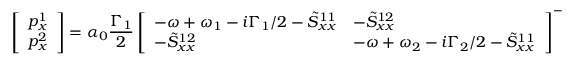
\left[ \begin{array} { l } { p _ { x } ^ { 1 } } \\ { p _ { x } ^ { 2 } } \end{array} \right] = \alpha _ { 0 } \frac { \Gamma _ { 1 } } { 2 } \left[ \begin{array} { l l } { - \omega + \omega _ { 1 } - i \Gamma _ { 1 } / 2 - \tilde { S } _ { x x } ^ { 1 1 } } & { - \tilde { S } _ { x x } ^ { 1 2 } } \\ { - \tilde { S } _ { x x } ^ { 1 2 } } & { - \omega + \omega _ { 2 } - i \Gamma _ { 2 } / 2 - \tilde { S } _ { x x } ^ { 1 1 } } \end{array} \right] ^ { - 1 } \left[ \begin{array} { l } { E _ { x } ^ { 1 } } \\ { E _ { x } ^ { 2 } } \end{array} \right] ,